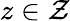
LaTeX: z\in{\mathcal{Z}}